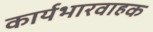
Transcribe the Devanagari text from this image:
कार्यभारवाहक